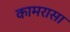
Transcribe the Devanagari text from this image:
कामरासा